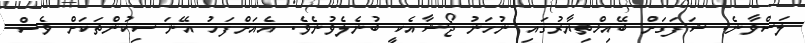
ލަސްވާނެ. ޝަފަޤަށް ބޭއިޚްތިޔާރުގައި ނުހަނު ޖޯޝާއެކީ ބުނެލެވުނެވެ. އެއަށްފަހު އޭނަ ސިކުންތަކަށް ވެސް